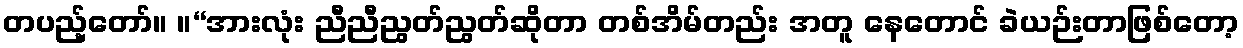
တပည့်တော်။ ။“အားလုံး ညီညီညွတ်ညွတ်ဆိုတာ တစ်အိမ်တည်း အတူ နေတောင် ခဲယဉ်းတာဖြစ်တော့